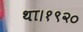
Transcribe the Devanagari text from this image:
था।१९२०